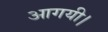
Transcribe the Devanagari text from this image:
आगयी।